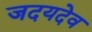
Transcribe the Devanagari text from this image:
जदयदेव